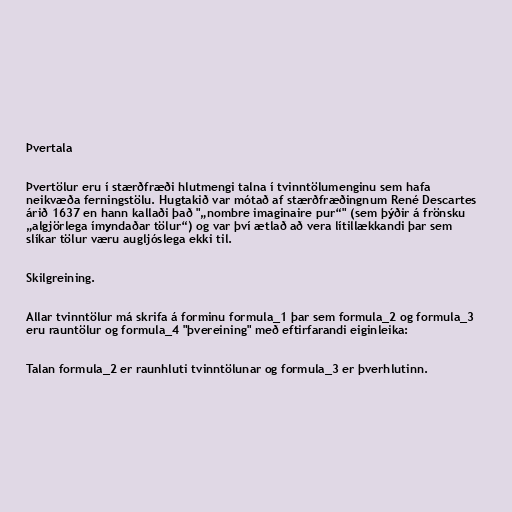
Þvertala

Þvertölur eru í stærðfræði hlutmengi talna í tvinntölumenginu sem hafa
neikvæða ferningstölu. Hugtakið var mótað af stærðfræðingnum René Descartes
árið 1637 en hann kallaði það "„nombre imaginaire pur“" (sem þýðir á frönsku
„algjörlega ímyndaðar tölur“) og var því ætlað að vera lítillækkandi þar sem
slíkar tölur væru augljóslega ekki til.

Skilgreining.

Allar tvinntölur má skrifa á forminu formula_1 þar sem formula_2 og formula_3
eru rauntölur og formula_4 "þvereining" með eftirfarandi eiginleika:

Talan formula_2 er raunhluti tvinntölunar og formula_3 er þverhlutinn.